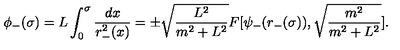
\phi _ { - } ( \sigma ) = L \int _ { 0 } ^ { \sigma } \frac { d x } { r _ { - } ^ { 2 } ( x ) } = \pm \sqrt { \frac { L ^ { 2 } } { m ^ { 2 } + L ^ { 2 } } } F [ \psi _ { - } ( r _ { - } ( \sigma ) ) , \sqrt { \frac { m ^ { 2 } } { m ^ { 2 } + L ^ { 2 } } } ] .